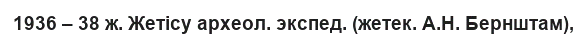
1936 – 38 ж. Жетісу археол. экспед. (жетек. А.Н. Бернштам),